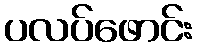
ပလပ်ဖောင်း